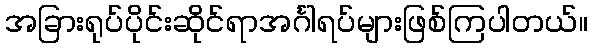
အခြားရုပ်ပိုင်းဆိုင်ရာအင်္ဂါရပ်များဖြစ်ကြပါတယ်။